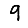
Digit: 9